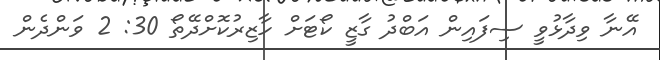
އޭނާ ވިދާޅުވީ ސިފައިން އަބްދު ގާޒީ ކޯޓަށް ހާޒިރުކޮށްދޭތޯ 30: 2 ވަންދެން